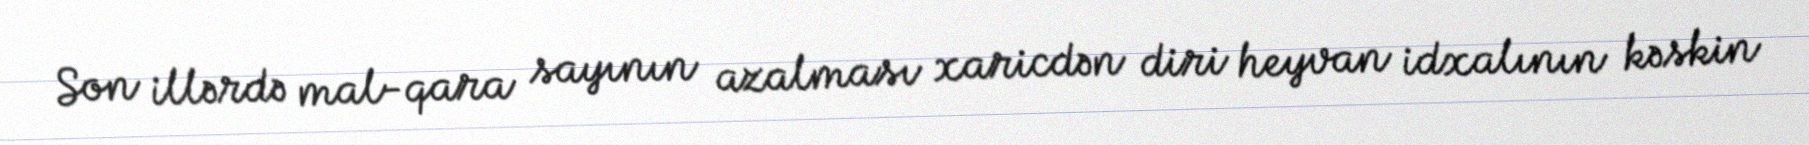
Son illərdə mal-qara sayının azalması xaricdən diri heyvan idxalının kəskin